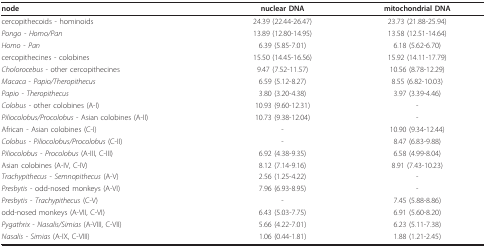
| node | nuclear DNA | mitochondrial DNA |
 | --- | --- | --- |
 | cercopithecoids - hominoids | 24.39 (22.44-26.47) | 23.73 (21.88-25.94) |
 | Pongo - Homo/Pan | 13.89 (12.80-14.95) | 13.58 (12.51-14.64) |
 | Homo - Pan | 6.39 (5.85-7.01) | 6.18 (5.62-6.70) |
 | cercopithecines - colobines | 15.50 (14.45-16.56) | 15.92 (14.11-17.79) |
 | Cholorocebus - other cercopithecines | 9.47 (7.52-11.57) | 10.56 (8.78-12.29) |
 | Macaca - Papio/Theropithecus | 6.59 (5.12-8.27) | 8.55 (6.82-10.03) |
 | Papio - Theropithecus | 3.80 (3.20-4.38) | 3.97 (3.39-4.46) |
 | Colobus - other colobines (A-I) | 10.93 (9.60-12.31) | - |
 | Piliocolobus/Procolobus - Asian colobines (A-II) | 10.73 (9.38-12.04) | - |
 | African - Asian colobines (C-I) | - | 10.90 (9.34-12.44) |
 | Colobus - Piliocolobus/Procolobus (C-II) | - | 8.47 (6.83-9.88) |
 | Piliocolobus - Procolobus (A-III, C-III) | 6.92 (4.38-9.35) | 6.58 (4.99-8.04) |
 | Asian colobines (A-IV, C-IV) | 8.12 (7.14-9.16) | 8.91 (7.43-10.23) |
 | Trachypithecus - Semnopithecus (A-V) | 2.56 (1.25-4.22) | - |
 | Presbytis - odd-nosed monkeys (A-VI) | 7.96 (6.93-8.95) | - |
 | Presbytis - Trachypithecus (C-V) | - | 7.45 (5.88-8.86) |
 | odd-nosed monkeys (A-VII, C-VI) | 6.43 (5.03-7.75) | 6.91 (5.60-8.20) |
 | Pygathrix - Nasalis/Simias (A-VIII, C-VII) | 5.66 (4.22-7.01) | 6.23 (5.11-7.38) |
 | Nasalis - Simias (A-IX, C-VIII) | 1.06 (0.44-1.81) | 1.88 (1.21-2.45) |